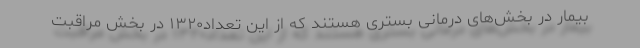
بیمار در بخش‌های درمانی بستری هستند که از این تعداد۱۳۲۰ در بخش مراقبت